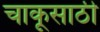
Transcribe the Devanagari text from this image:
चाकूसाठी